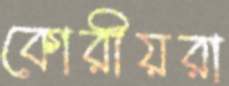
কোরীয়রা